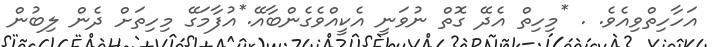
އަހާހިތްވިއެވެ. . *މިހިތް އެދޭ ގޮތް ނުވަނީ އެކީއްވެގެންބާއޭ.*އުފާމަގޭ މިހިތަށް ދެން ލިބުން